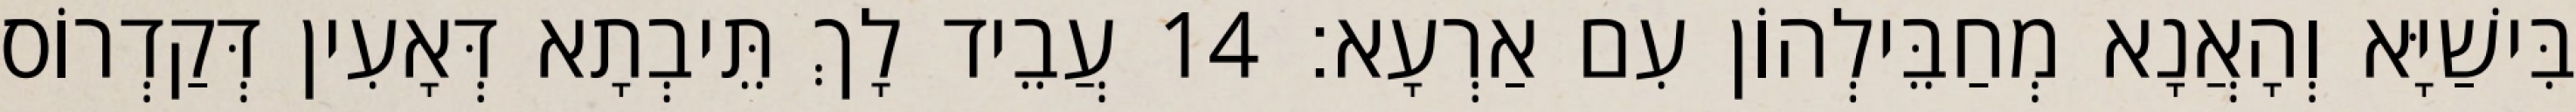
בִּישַׁיָּא וְהָאֲנָא מְחַבֵּילְהוֹן עִם אַרְעָא׃ 14 עֲבֵיד לָךְ תֵּיבְתָא דְּאָעִין דְּקַדְרוֹס